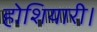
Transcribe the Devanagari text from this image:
होशियारी।